Leaving Certificate Examination, 1913
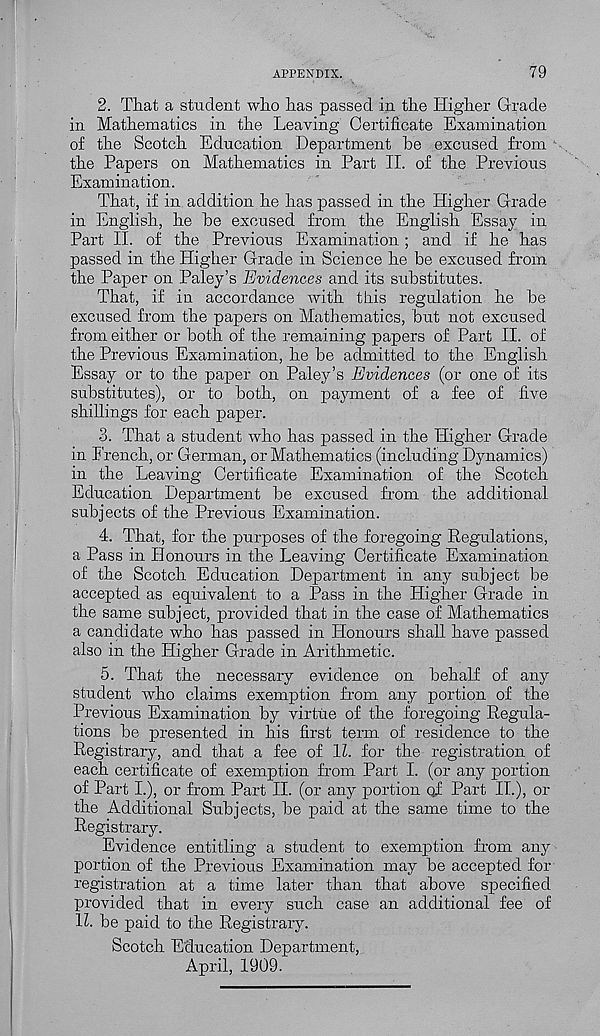
APPENDIX.
79
2. That a student who has passed in the Higher Grade
in Mathematics in the Leaving Certificate Examination
of the Scotch Education Department he excused from ' •
the Papers on Mathematics in Part II. of the Previous
Examination.
That, if in addition he has passed in the Higher Grade
in English, he he excused from the English Essay in
Part II. of the Previous Examination; and if he has
passed in the Higher Grade in Science he be excused from
the Paper on Paley’s Evidences and its substitutes.
That, if in accordance with this regulation he he
excused from the papers on Mathematics, hut not excused
from either or both of the remaining papers of Part II. of
the Previous Examination, he he admitted to the English
Essay or to the paper on Paley’s Evidences (or one of its
substitutes), or to both, on payment of a fee of five
shillings for each paper.
3. That a student who has passed in the Higher Grade
in French, or German, or Mathematics (including Dynamics)
in the Leaving Certificate Examination of the Scotch
Education Department he excused from the additional
subjects of the Previous Examination.
4. That, for the purposes of the foregoing Regulations,
a Pass in Honours in the Leaving Certificate Examination
of the Scotch Education Department in any subject be
accepted as equivalent to a Pass in the Higher Grade in
the same subject, provided that in the case of Mathematics
a candidate who has passed in Honours shall have passed
also in the Higher Grade in Arithmetic.
5. That the necessary evidence on behalf of any
student who claims exemption from any portion of the
Previous Examination by virtue of the foregoing Regula-
tions be presented in his first term of residence to the
Registrary, and that a fee of 1Z. for the registration of
each certificate of exemption from Part I. (or any portion
of Part L), or from Part II. (or any portion of Part II.), or
the Additional Subjects, be paid at the same time to the
Registrary.
Evidence entitling a student to exemption from any
portion of the Previous Examination may be accepted for
registration at a time later than that above specified
provided that in every such case an additional fee of
1Z. be paid to the Registrary.
Scotch Education Department,
April, 1909.